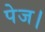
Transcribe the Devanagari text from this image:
पेज।